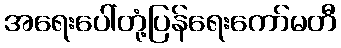
အရေးပေါ်တုံ့ပြန်ရေးကော်မတီ